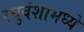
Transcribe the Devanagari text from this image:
रघुवंशामध्ये